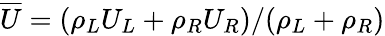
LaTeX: \overline{{U}}=(\rho_{L}U_{L}+\rho_{R}U_{R})/(\rho_{L}+\rho_{R})